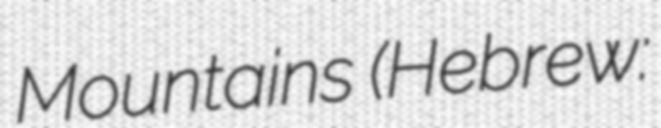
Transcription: Mountains (Hebrew: